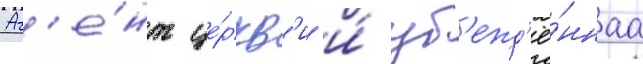
Аг'е́нт це́ркв'и и́ уб'ежд'ё́ннаа